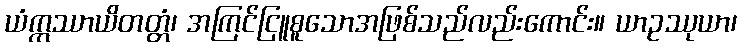
ယံဣဿာယိတတ္တံ၊ အကြင်ငြူစူသောအဖြစ်သည်လည်းကောင်း။ ယာဥဿုယာ၊